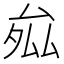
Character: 𭆝